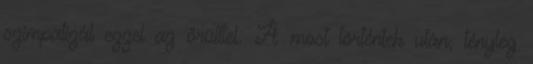
szimpatizál ezzel az őrülttel. A most történtek után, tényleg